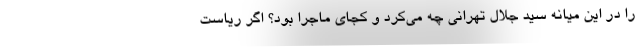
را در این میانه سید جلال تهرانی چه می‌کرد و کجای ماجرا بود؟ اگر ریاست